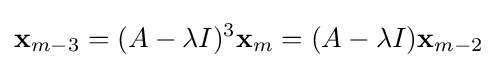
\mathbf {x} _{m-3}=(A-\lambda I)^{3}\mathbf {x} _{m}=(A-\lambda I)\mathbf {x} _{m-2}